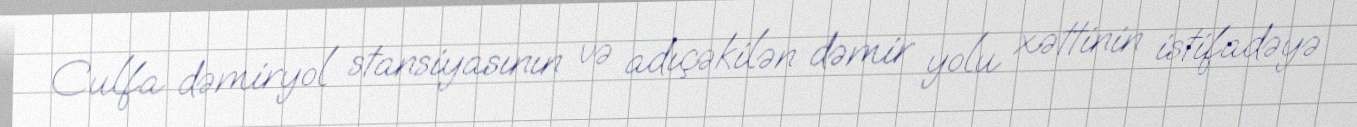
Culfa dəmiryol stansiyasının və adıçəkilən dəmir yolu xəttinin istifadəyə